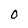
Character: O